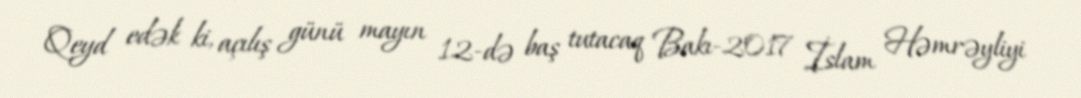
Qeyd edək ki, açılış günü mayın 12-də baş tutacaq Bakı-2017 İslam Həmrəyliyi